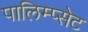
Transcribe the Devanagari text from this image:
पालिम्प्सेट